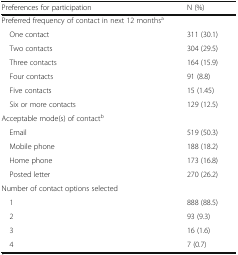
| Preferences for participation | N (%) |
 | --- | --- |
 | <COLSPAN=2> Preferred frequency of contact in next 12 monthsa |
 | One contact | 311 (30.1) |
 | Two contacts | 304 (29.5) |
 | Three contacts | 164 (15.9) |
 | Four contacts | 91 (8.8) |
 | Five contacts | 15 (1.45) |
 | Six or more contacts | 129 (12.5) |
 | <COLSPAN=2> Acceptable mode(s) of contactb |
 | Email | 519 (50.3) |
 | Mobile phone | 188 (18.2) |
 | Home phone | 173 (16.8) |
 | Posted letter | 270 (26.2) |
 | <COLSPAN=2> Number of contact options selected |
 | 1 | 888 (88.5) |
 | 2 | 93 (9.3) |
 | 3 | 16 (1.6) |
 | 4 | 7 (0.7) |